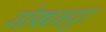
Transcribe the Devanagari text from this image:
मोखमपुर